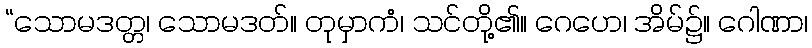
“သောမဒတ္တ၊ သောမဒတ်။ တုမှာကံ၊ သင်တို့၏။ ဂေဟေ၊ အိမ်၌။ ဂေါဏာ၊